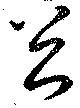
忩